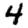
Digit: 4